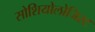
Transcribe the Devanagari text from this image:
सोशियोलोजिस्ट